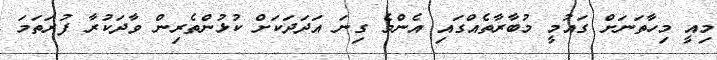
މިއީ މިހާތަނަށް ގައުމީ މުބާރާތެއްގައި އެންމެ ގިނަ އަދަދަކަށް ކުޅުންތެރިން ވާދަކުރާ ފުރަތަމަ